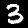
Label: 3